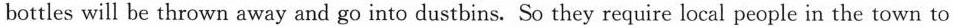
bottles will be thrown away and go into dustbins. So they require local people in the town to